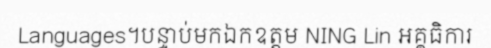
Languages។បន្ទាប់មកឯកឧត្តម NING Lin អគ្គធិការ